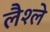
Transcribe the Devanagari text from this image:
लैश्ले